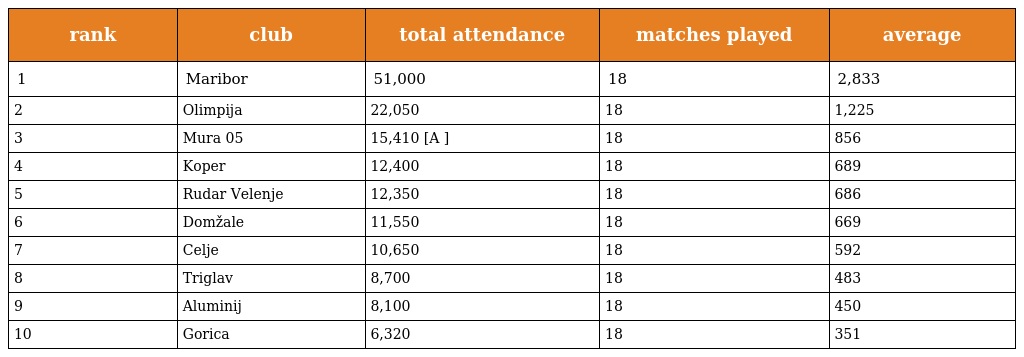
| rank | club | total attendance | matches played | average |
 | --- | --- | --- | --- | --- |
 | 1 | Maribor | 51,000 | 18 | 2,833 |
 | 2 | Olimpija | 22,050 | 18 | 1,225 |
 | 3 | Mura 05 | 15,410 [A ] | 18 | 856 |
 | 4 | Koper | 12,400 | 18 | 689 |
 | 5 | Rudar Velenje | 12,350 | 18 | 686 |
 | 6 | Domžale | 11,550 | 18 | 669 |
 | 7 | Celje | 10,650 | 18 | 592 |
 | 8 | Triglav | 8,700 | 18 | 483 |
 | 9 | Aluminij | 8,100 | 18 | 450 |
 | 10 | Gorica | 6,320 | 18 | 351 |